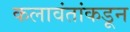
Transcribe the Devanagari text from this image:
कलावंतांकडून